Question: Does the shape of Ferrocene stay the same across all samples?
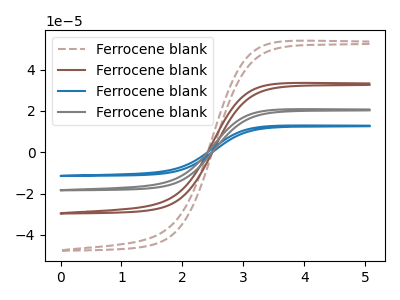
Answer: <think>The brown dashed curve "Ferrocene blank1" has no peaks. The brown curve "Ferrocene blank2" has no peaks. The blue curve "Ferrocene blank3" has no peaks. The gray curve "Ferrocene blank4" has no peaks.
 Neither "Ferrocene blank1" or "Ferrocene blank2" have any peaks. Neither "Ferrocene blank1" or "Ferrocene blank3" have any peaks. Neither "Ferrocene blank1" or "Ferrocene blank4" have any peaks. Neither "Ferrocene blank2" or "Ferrocene blank3" have any peaks. Neither "Ferrocene blank2" or "Ferrocene blank4" have any peaks. Neither "Ferrocene blank3" or "Ferrocene blank4" have any peaks.</think>
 <answer>All the CV's of "Ferrocene" have similar shape.</answer>
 <eval>follow_rule</eval>